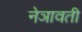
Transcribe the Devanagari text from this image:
नेञावती